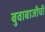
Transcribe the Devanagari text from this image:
बुवाबाजीची